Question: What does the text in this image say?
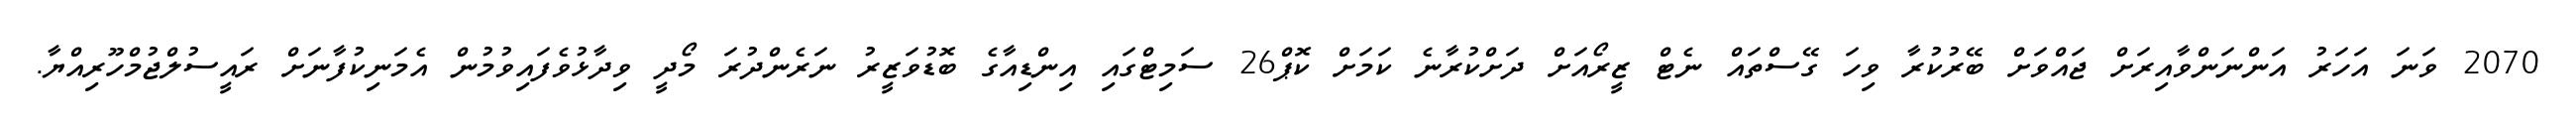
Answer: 2070 ވަނަ އަހަރު އަންނަންވާއިރަށް ޖައްވަށް ބޭރުކުރާ ވިހަ ގޭސްތައް ނެޓް ޒީރޯއަށް ދަށްކުރާނެ ކަމަށް ކޮޕް26 ސަމިޓްގައި އިންޑިއާގެ ބޮޑުވަޒީރު ނަރެންދުރަ މޯދީ ވިދާޅުވެފައިވުމުން އެމަނިކުފާނަށް ރައީސުލްޖުމްހޫރިއްޔާ.